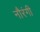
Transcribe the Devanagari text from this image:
नौरंगी